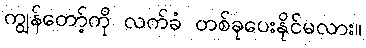
ကျွန်တော့်ကို လက်ခံ တစ်ခုပေးနိုင်မလား။